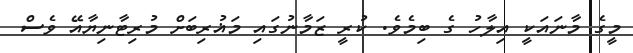
މީގެ މާނައަކީ އިލާހު ގެ ބިމެވެ. ކުރީ ޒަމާނުގައި މަޣުރިބަށް މުރިޓާނިޔާއޭ ވެސް